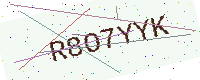
Text: R8O7YYK